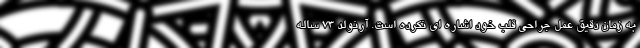
به زمان دقیق عمل جراحی قلب خود اشاره ای نکرده است. آرنولد 73 ساله